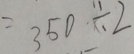
= 3 5 0 \div 2